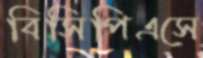
বিসিপিএসে